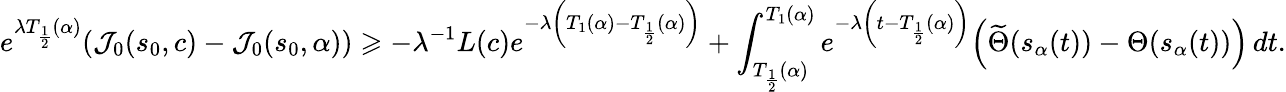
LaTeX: e^{\lambda T_{\frac 12}(\alpha)}(\mathcal{J}_{0}(s_{0},c)-\mathcal{J}_{0}(s_{0},\alpha))\geqslant-\lambda^{-1}L(c)e^{-\lambda\left(T_{1}(\alpha)-T_{\frac 12}(\alpha)\right)}+\int_{T_{\frac 12}(\alpha)}^{T_{1}(\alpha)}e^{-\lambda\left(t-T_{\frac 12}(\alpha)\right)}\Bigl(\widetilde{\Theta}(s_{\alpha}(t))-{\Theta}(s_{\alpha}(t))\Bigr)\, dt.